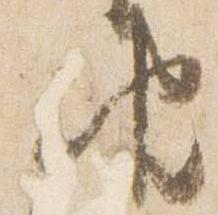
由